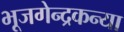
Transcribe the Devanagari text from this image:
भूजगेन्द्रकन्या